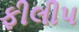
ફીલીપ